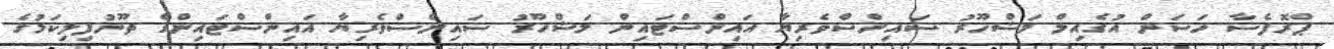
ޕްރޮފެސާ ހަސަން އުގެއިލް މަޝްހޫރު ސައިންސްވެރިޔާ އައިންސްޓައިން މަޝްހޫރު ސައިންސްވެރިޔާ އައިންސްޓައިންގެ ތޫނުފިލިކަމުގެ